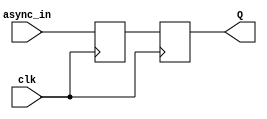
/**

 MIT lab 2
 Synchronizer
 @author Isabel Taylor

*/

module synchronizer (
	input clk,    // Clock
	input async_in,    // input signal
	output reg Q  // output after synchronization
);

	reg connect = 1'b0; //to implement double flip flop

	always @(posedge clk)
  begin
  		connect <= async_in;
  		Q <= connect;
  end

endmodule